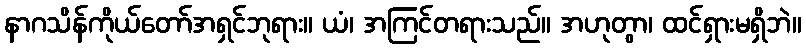
နာဂသိန်ကိုယ်တော်အရှင်ဘုရား။ ယံ၊ အကြင်တရားသည်။ အဟုတွာ၊ ထင်ရှားမရှိဘဲ။